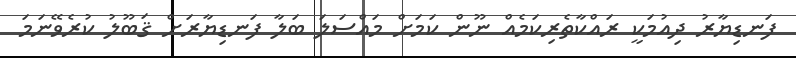
ފަނޑިޔާރު ދިއުމަކީ ރައްކާތެރިކަމެއް ނޫން ކަމަށް މައްސަލަ ބަލާ ފަނޑިޔާރަށް ޤަބޫލު ކުރެވޭނަމަ